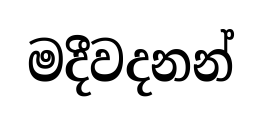
මදීවදනන්